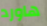
هاورد